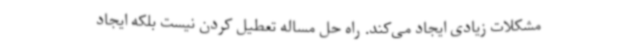
مشکلات زیادی ایجاد می‌کند. راه حل مساله تعطیل کردن نیست بلکه ایجاد